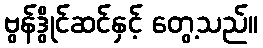
ဗွန်ဒွိုင်ဆင်နှင့် တွေ့သည်။